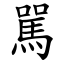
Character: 駡